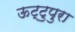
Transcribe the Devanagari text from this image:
ऊट्टुपुरा